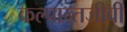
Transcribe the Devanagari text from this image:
कल्पान्तजीवी